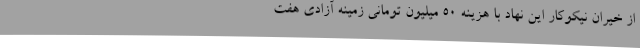
از خیران نیکوکار این نهاد با هزینه 50 میلیون تومانی زمینه آزادی هفت